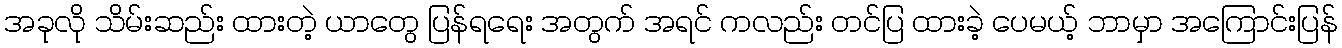
အခုလို သိမ်းဆည်း ထားတဲ့ ယာတွေ ပြန်ရရေး အတွက် အရင် ကလည်း တင်ပြ ထားခဲ့ ပေမယ့် ဘာမှာ အကြောင်းပြန်